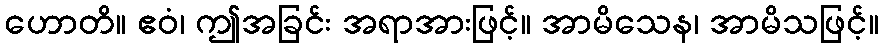
ဟောတိ။ ဧဝံ၊ ဤအခြင်း အရာအားဖြင့်။ အာမိသေန၊ အာမိသဖြင့်။